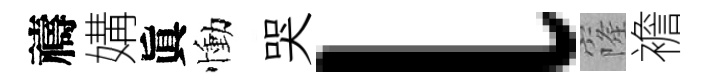
禱媾眞慟哭l窿襜